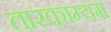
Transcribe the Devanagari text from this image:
तारकाम्यम